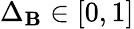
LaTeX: \Delta_{\mathbf{B}}\in[0,1]